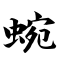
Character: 蜿